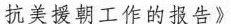
抗美援朝工作的报告》